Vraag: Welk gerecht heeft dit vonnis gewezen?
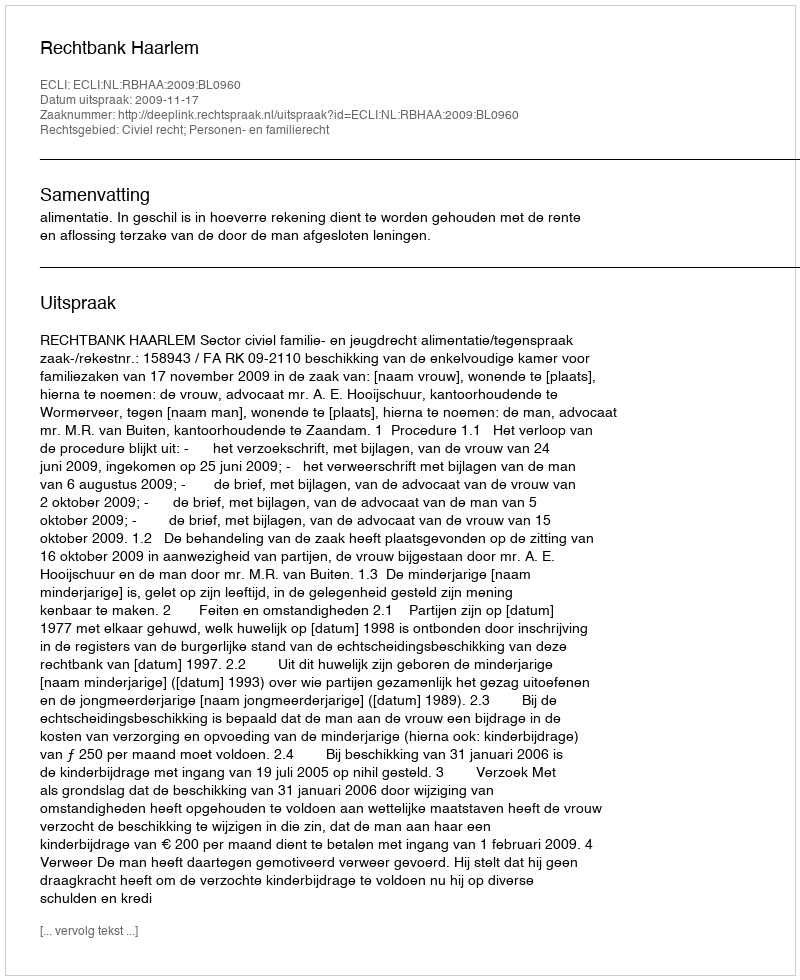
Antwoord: Rechtbank Haarlem